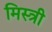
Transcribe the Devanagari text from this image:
मिस्‍त्री